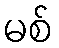
မစ်